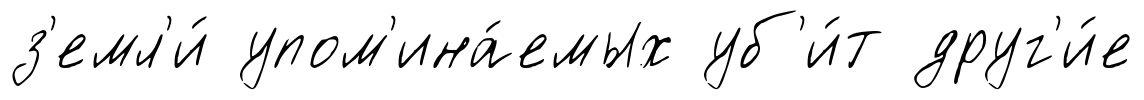
з'емл'и́ упом'ина́емых уб'и́т друг'и́е